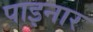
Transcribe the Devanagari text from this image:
पाइनार